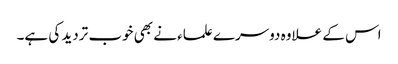
اس کے علاوہ دوسرے علماء نے بھی خوب تردید کی ہے۔